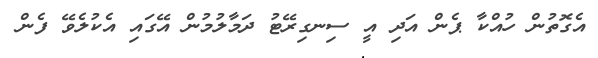
އެގޮތުން ހުއްކާ ޕެން އަދި އީ ސިނގިރޭޓު ދަމާލުމުން އޭގައި އެކުލެވޭ ފެން